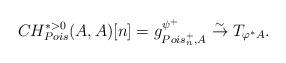
LaTeX: \begin{align*}CH_{Pois}^{*>0}(A,A)[n]= g_{Pois_n^+,A}^{\psi^+}\stackrel{\sim}{\rightarrow} T_{\varphi^*A}.\end{align*}